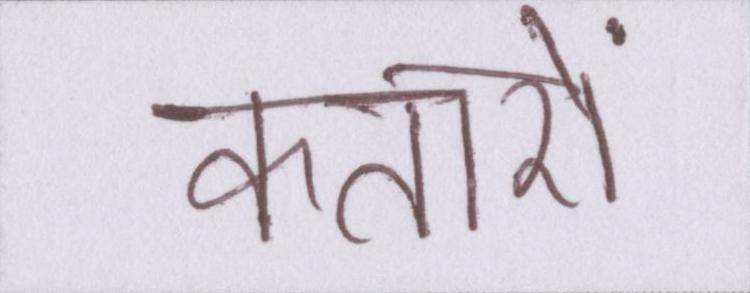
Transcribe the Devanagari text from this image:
कतारों